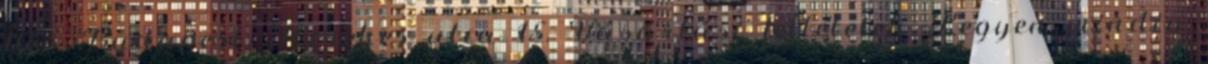
1135 Budapest, Kerekes utca 15. Vásárlási feltételek Legyen mindig